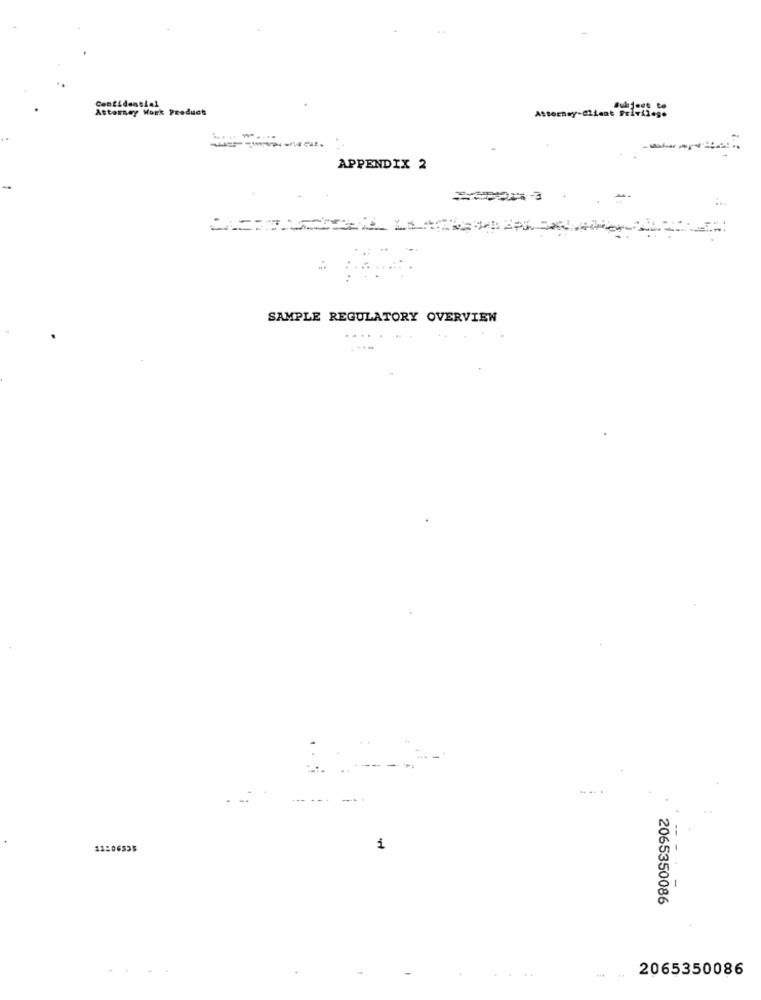
Confidential
Attorney Work Product
APPENDIX 2
SAMPLE REGULATORY OVERVIEW
11206535
1
1
2065350086
2065350086